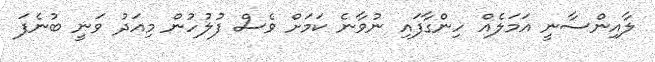
ލާއިންސާނީ އަމަލެއް ހިންގާފައި ނުވާނެ ކަމަށް ވެސް ފުލުހުން މިއަދު ވަނީ ބުނެފަ